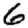
Digit: 6